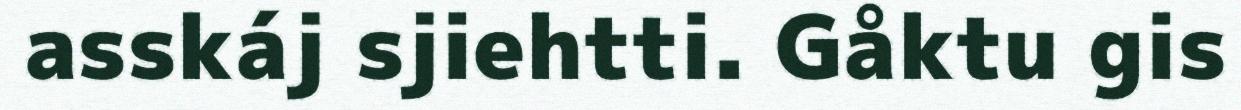
asskáj sjiehtti. Gåktu gis